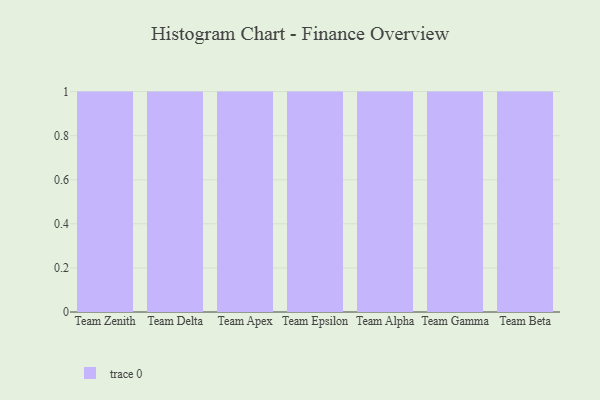
{"axis": {"x": "Team", "y": "Net Income (USD K)"}, "legend": [""], "data": [{"x": "Team Zenith", "y": 63, "type": ""}, {"x": "Team Delta", "y": 20, "type": ""}, {"x": "Team Apex", "y": 30, "type": ""}, {"x": "Team Epsilon", "y": 58, "type": ""}, {"x": "Team Alpha", "y": 34, "type": ""}, {"x": "Team Gamma", "y": 53, "type": ""}, {"x": "Team Beta", "y": 8, "type": ""}]}